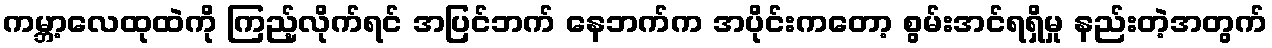
ကမ္ဘာ့လေထုထဲကို ကြည့်လိုက်ရင် အပြင်ဘက် နေဘက်က အပိုင်းကတော့ စွမ်းအင်ရရှိမှု နည်းတဲ့အတွက်